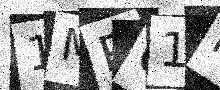
Text: 1MRQ1M